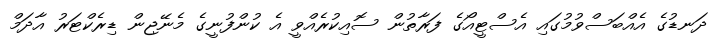
ދަނޑުގެ އެއްބަސްވުމުގައި އެސްޓީއޯގެ ފަރާތުން ސޮއިކުރެއްވީ އެ ކުންފުނީގެ މެނޭޖިން ޑިރެކްޓަރު އާދަމް